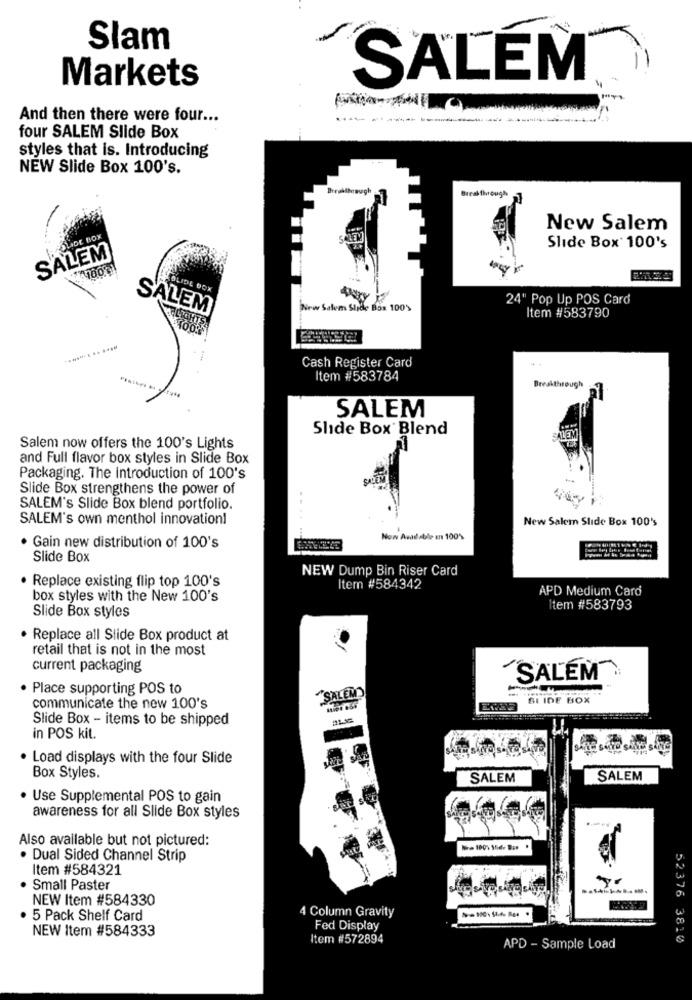
Slam
Markets
SALEM
And then there were four ...
four SALEM Slide Box
styles that is. Introducing
NEW Slide Box 100's.
Breakthrough7
New Salem
SLIDE BOX
Slide Box 100's
SALEM
LIDE BOX
24" Pop Up POS Card
SALEM
New Salem Slide Box 100'
Item #583790
Cash Register Card
Item #583784
Breakthrough
SALEM
Slide Box Blend
SALEM
Salem now offers the 100's Lights
and Full flavor box styles in Slide Box
Packaging. The Introduction of 100's
Slide Box strengthens the power of
SALEM's Slide Box blend portfolio.
SALEM's own menthol innovation!
New Salem Slide Box 100's
Now Avadable en 100%
· Gain new distribution of 100's
Slide Box
NEW Dump Bin Riser Card
. Replace existing flip top 100's
Item #584342
APD Medium Card
box styles with the New 100's
Slide Box styles
tem #583793
· Replace all Slide Box product at
retail that is not in the most
current packaging
SALEM
· Place supporting POS to
SALEM'
SLIDE BOX
communicate the new 100's
Slide Box - items to be shipped
in POS kit.
. Load displays with the four Slide
Box Styles.
SALEM
SALEM
· Use Supplemental POS to gain
awareness for all Slide Box styles
Also available but not pictured:
. Dual Sided Channel Strip
Item #584321
Small Paster
NEW Item #584330
4 Column Gravity
5 Pack Shelf Card
NEW Item #584333
Fed Display
Item #572894
52376 3810
APD - Sample Load